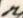
n